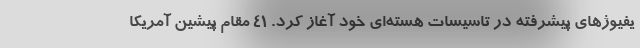
یفیوژهای پیشرفته در تاسیسات هسته‌ای خود آغاز کرد. ۴۱ مقام پیشین آمریکا